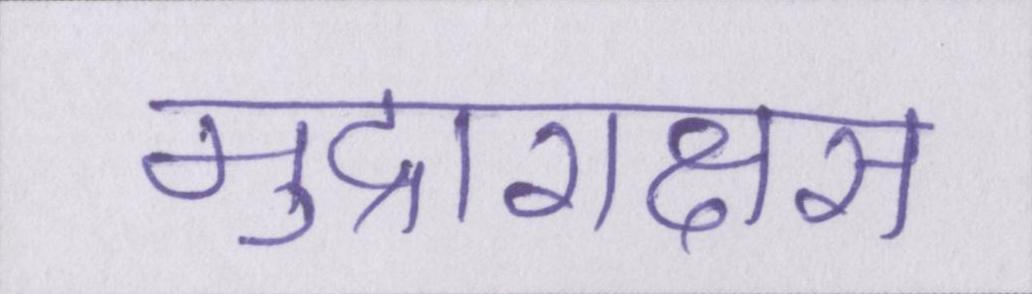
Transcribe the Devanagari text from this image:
मुद्राराक्षस